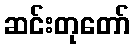
ဆင်းတုတော်